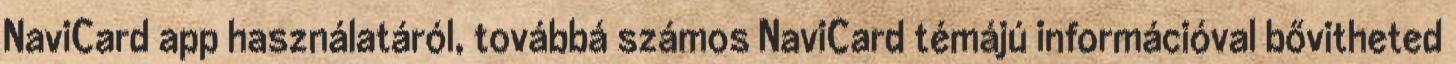
NaviCard app használatáról, továbbá számos NaviCard témájú információval bővitheted